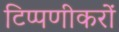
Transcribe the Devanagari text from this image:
टिप्पणीकरों